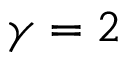
\gamma = 2